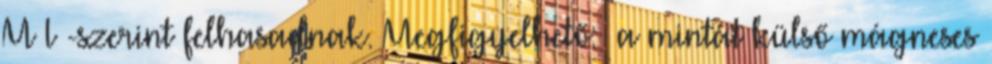
M I -szerint felhasadnak. Megfigyelhető: –a mintát külső mágneses